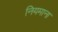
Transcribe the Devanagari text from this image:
नियमाना